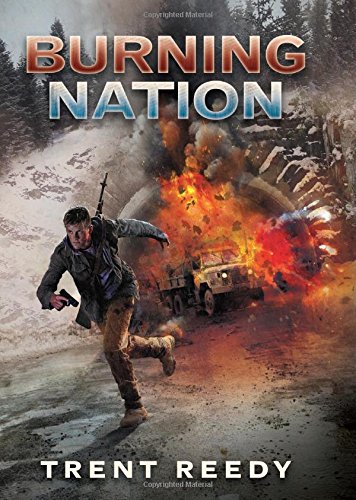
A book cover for Burning Nation (Divided We Fall, Book 2) (Divided We Fall Trilogy); Trent Reedy; Teen & Young Adult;